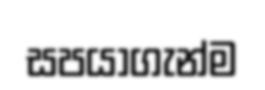
සපයාගැන්ම